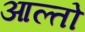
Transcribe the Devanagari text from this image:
आल्तो